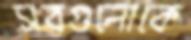
সবগুলোকে